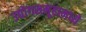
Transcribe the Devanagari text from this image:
उद्योगसमूहामध्ये